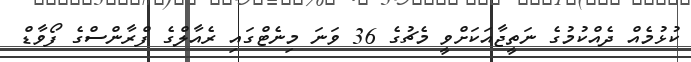
ކުޅުމެއް ދެއްކުމުގެ ނަތީޖާއަކަށްވީ މެޗުގެ 36 ވަނަ މިނެޓްގައި ރެއާލްގެ ފްރާންސްގެ ފޯވާޑް